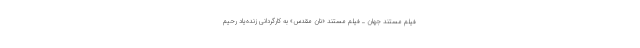
فیلم مستند جهان ـ فیلم مستند «نان مقدس» به کارگردانی زنده‌یاد رحیم